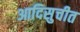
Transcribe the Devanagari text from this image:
आदिसुचीत